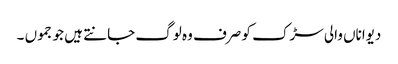
دیواناں والی سڑک کو صرف وہ لوگ جانتے ہیں جو جموں ۔